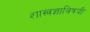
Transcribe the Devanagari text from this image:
शास्त्रज्ञाविषयी